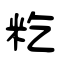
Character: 籺